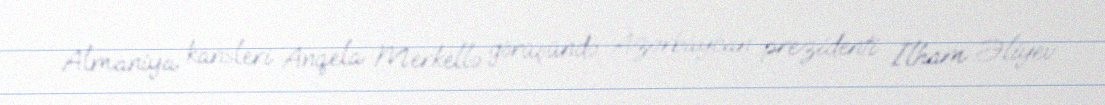
Almaniya kansleri Anqela Merkellə görüşündə Azərbaycan prezidenti İlham Əliyev